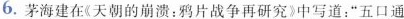
6.茅海建在《天朝的崩溃：鸦片战争再研究》中写道：”五口通